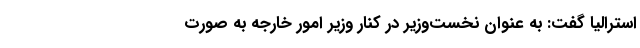
استرالیا گفت: به عنوان نخست‌وزیر در کنار وزیر امور خارجه به صورت